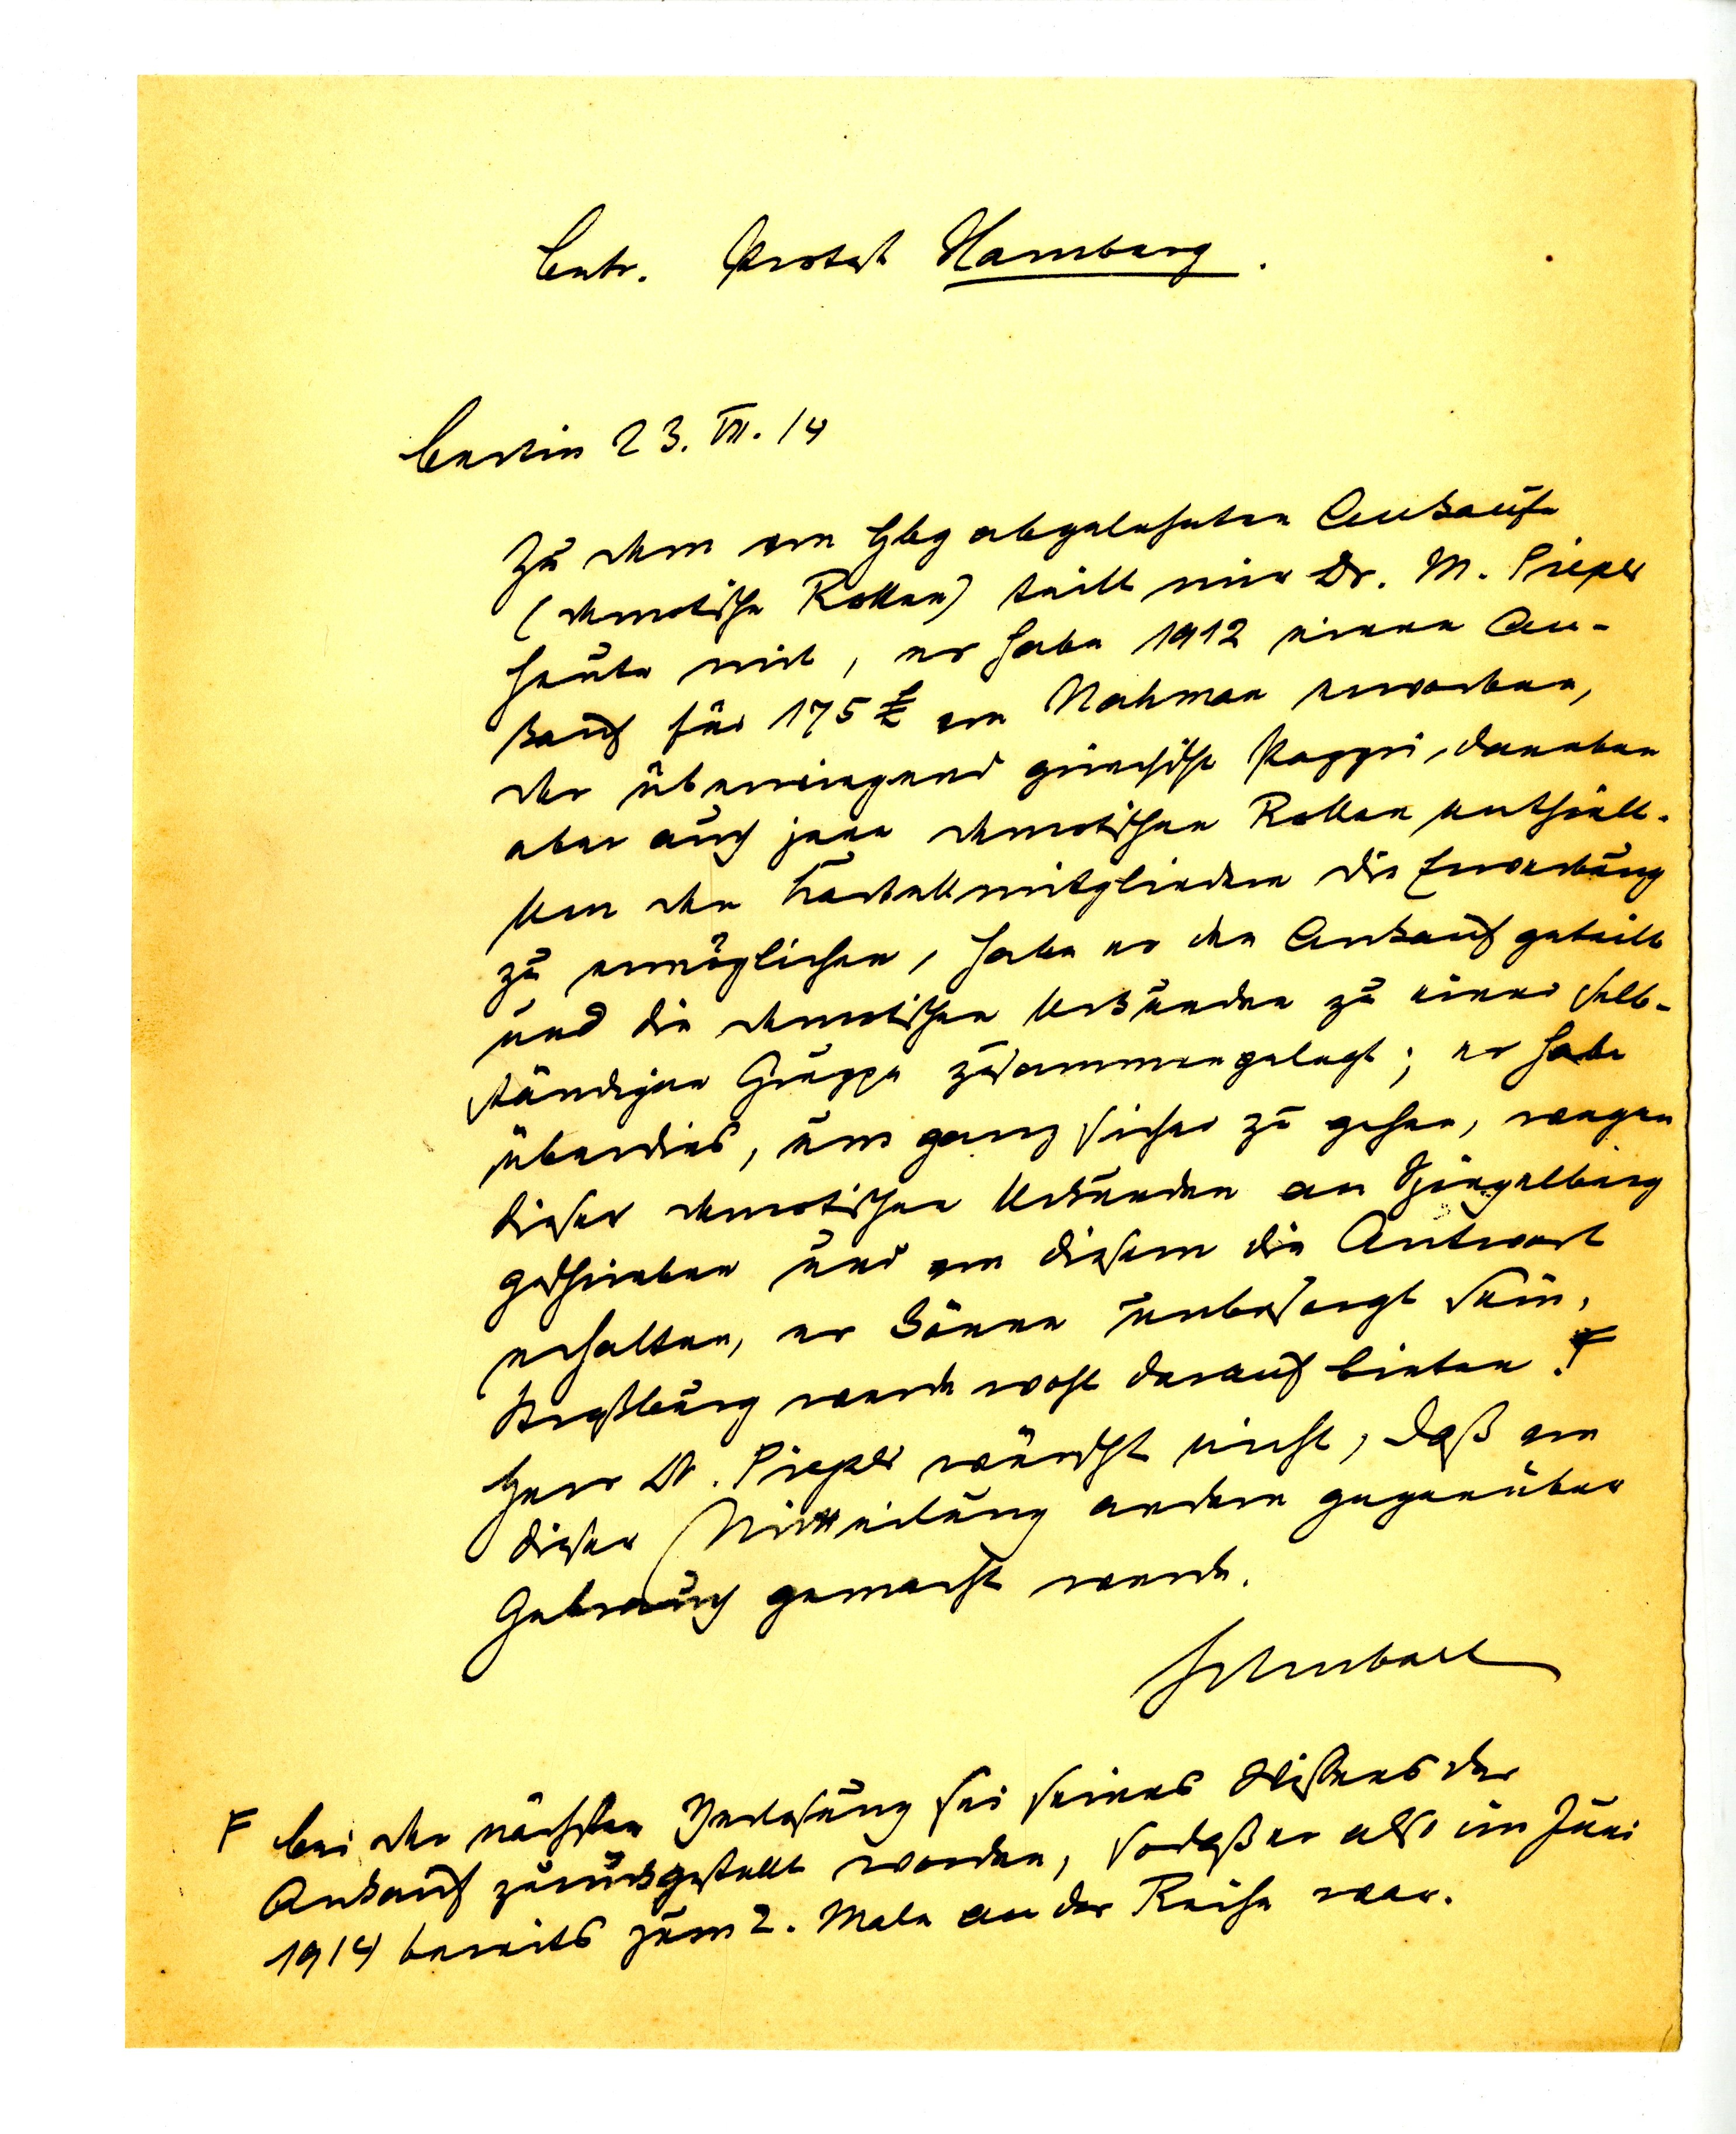
betr. Protest Hamburg.
Berlin 23 VII. 14
Zu dem von Gbg abgelehnten Ankauf
(demotische Rollen) teilt mir Dr. M. Pieper
heute mit, er habe 1912 seinen An¬
kauf fÃ¼r 175 £ von Nahman erworben,
der Ã¼berwiegend griechische Papyri, daneben
aber auch jene demotischen Rollen enthÃ¤lt.
Um den Kartellmitgliedern die Erwerbung
zu ermÃ¶glichen, habe er den Ankauf geteilt
und die demotischen Urkunden zu einer Selb¬
stÃ¤ndigen Gruppe zusammengelegt; er habe
Ã¼berdies, um ganz sicher zu gehen, wegen
dieser demotischen Urkunden an Spieglberg
geschrieben und von diesem die Antwort
erhalten, er kÃ¶nne unbesorgt sein,
StraÃŸburg werde wohl darauf bieten.
Herr Dr. Pieper wÃ¼nscht nicht, daÃŸ von
dieser Mitteilung andren gegenÃ¼ber
Gebrauch gemacht werde.
Schubart
bei der nÃ¤chsten Verlosung sei seines Wissens der
Ankauf zurkgestellt worden, soda er also im Juni
1914 bereits zum 2. Male an der Reihe war.